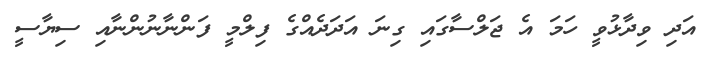
އަދި ވިދާޅުވީ ހަމަ އެ ޖަލްސާގައި ގިނަ އަދަދެއްގެ ފިލްމީ ފަންނާނުންނާއި ސިޔާސީ